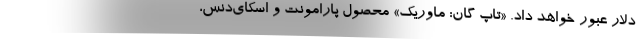
دلار عبور خواهد داد. «تاپ گان: ماوریک» محصول پارامونت و اسکای‌دنس،